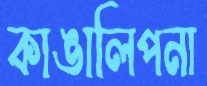
কাঙালিপনা